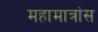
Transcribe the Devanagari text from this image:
महामात्रांस